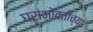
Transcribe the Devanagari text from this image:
घरांभोवतीच्या